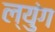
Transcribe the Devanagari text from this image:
ल्युंग